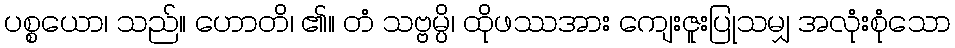
ပစ္စယော၊ သည်။ ဟောတိ၊ ၏။ တံ သဗ္ဗမ္ပိ၊ ထိုဖဿအား ကျေးဇူးပြုသမျှ အလုံးစုံသော